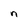
Character: n